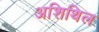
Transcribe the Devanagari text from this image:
अशिथिल